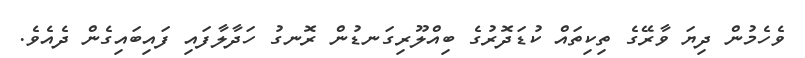
ވެހެމުން ދިޔަ ވާރޭގެ ތިކިތައް ކުޑަދޮރުގެ ބިއްލޫރިގަނޑުން ރޮނގު ހަދާލާފައި ފައިބައިގެން ދެއެވެ.